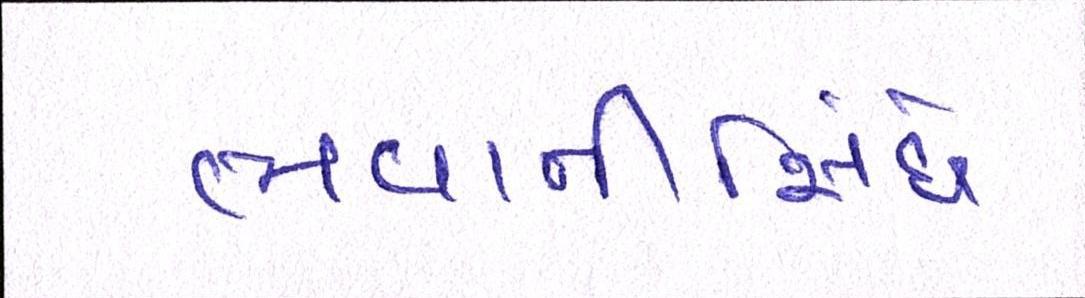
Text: ભવાનીસિંઘે